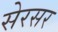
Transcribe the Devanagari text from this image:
सेरसर